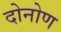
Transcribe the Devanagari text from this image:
दोनोण